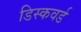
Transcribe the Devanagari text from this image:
डिस्कवर्ड